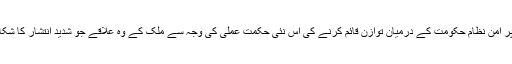
طالبان کی شدت پسندی اور پُر امن نظامِ حکومت کے درمیان توازن قائم کرنے کی اس نئی حکمت عملی کی وجہ سے ملک کے وہ علاقے جو شدید انتشار کا شکار تھے نسبتاً پُرامن ہو گئے۔